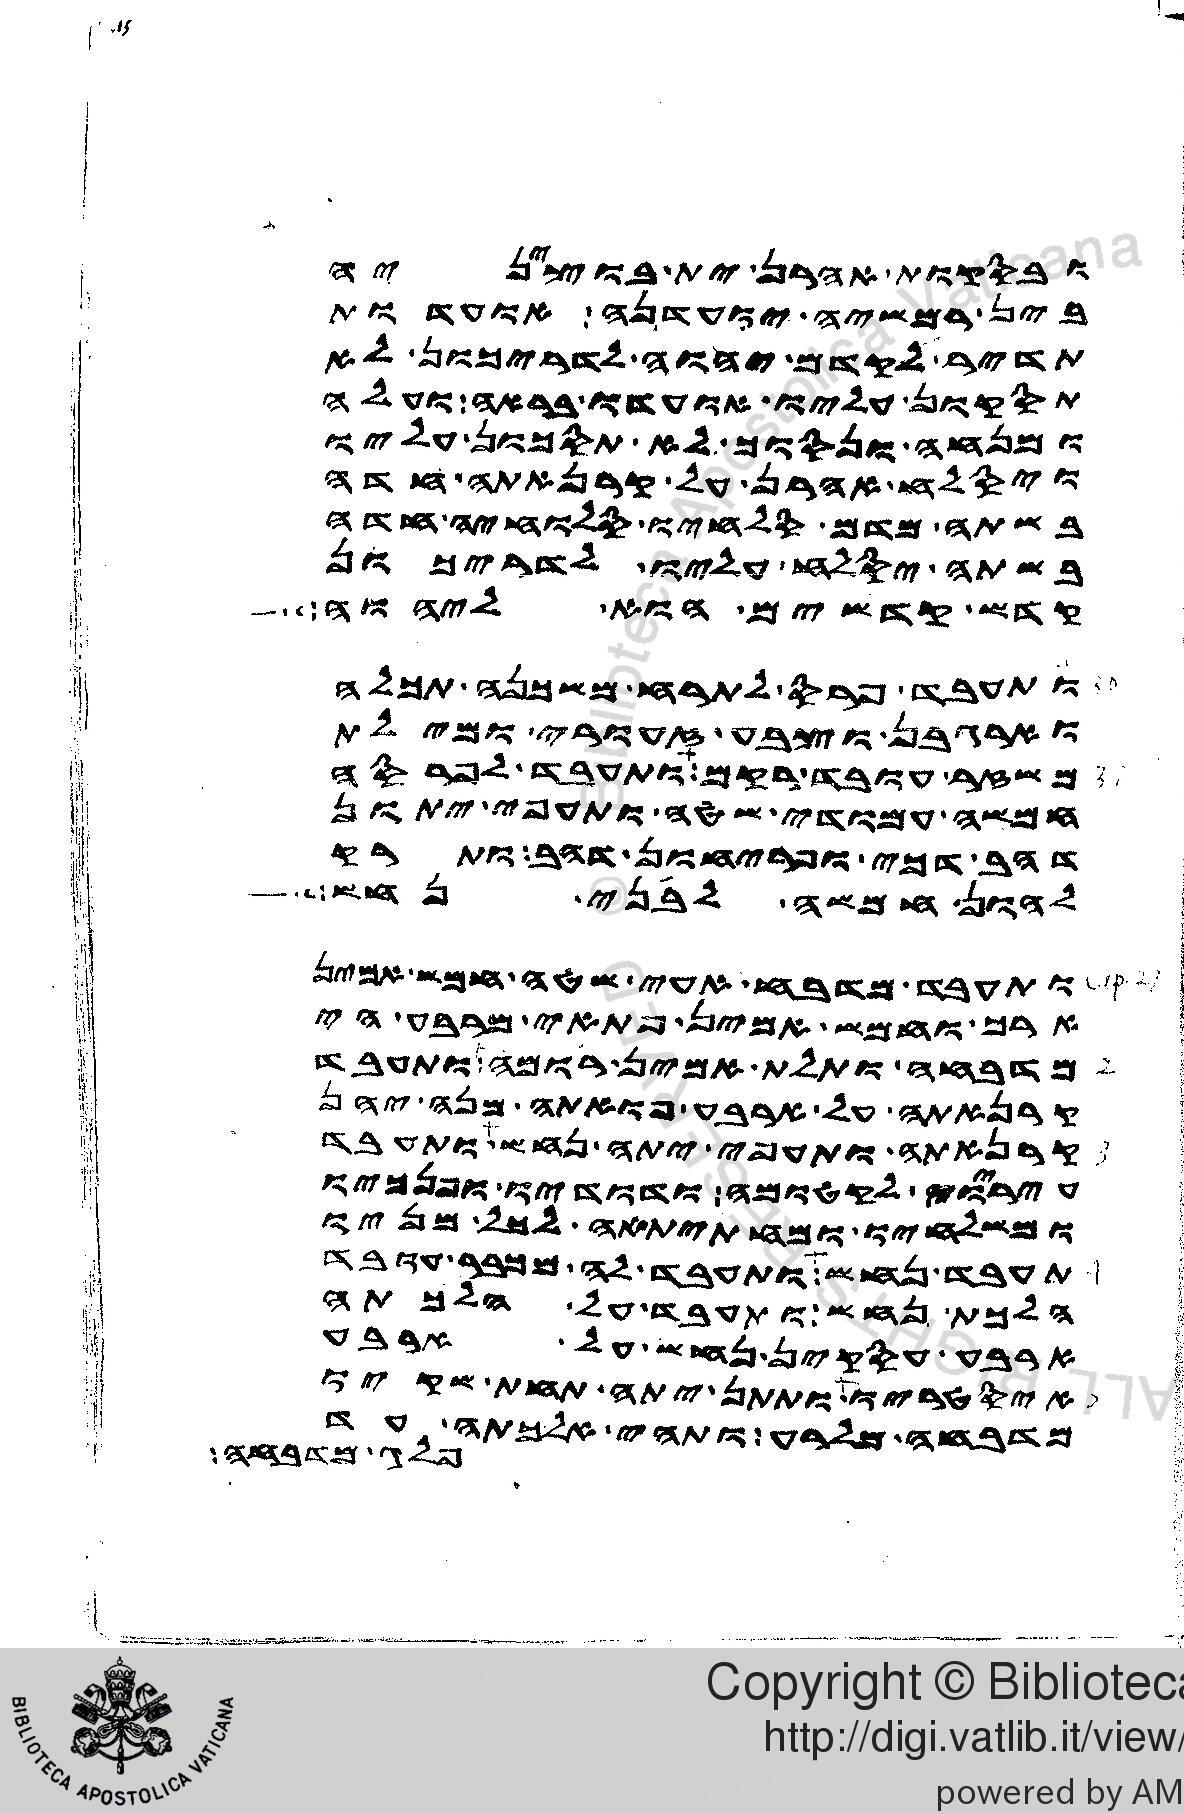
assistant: ובסקות אהרן ית בוציניה
בין רמשיה יועדנה אועדות
תדיר לקדם יהוה לדריכון לא
תסקון עליו אועדו בראה ועלה
ומנחה ונסוך לא תסכון עליו
ויסלח אהרן על קרנאתה חדה
בשתה מדם סלחיו סלוחיה חדה
בשתה יסלח עליו לדריכון
קדש קדשים הוא ליהוה
ותעבד פרס לתרח משכנה תכלה
וארגבן וצבע זעורי ומילת
משזר עובד רקם ותעבד לפרסה
חמשה עמודי שטה ותעפי יתון
דהב דכי ופריחון דהב ותרק
להון חמשה לבני נחש
ותעבד מדבח עאי שטה חמש אמין
ארך וחמש אמין פתאי מרבע הי
מדבחה ותלת אמין רומה ותעבד
קרנאתה על ארבע פואתה מנה יהן
קרנאתה ותעפי יתה נחש ותעבד
עיריו לקטומה ודודיו ופנכיו
ומשלחיו ומחתיתאה לכל מניו
תעבד נחש ותעבד לה מכבר עובד
הלכת נחש ותעבד על הלכתה
ארבע עסקין נחש על ארבע
איסטריו ותתן יתה תחת שקיו
מדבחה מלרע ותהי אלכתה עד
פלג מדבחה